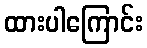
ထားပါကြောင်း